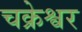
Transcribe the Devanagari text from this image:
चक्रेश्वर